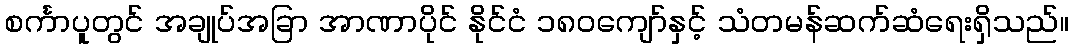
စင်္ကာပူတွင် အချုပ်အခြာ အာဏာပိုင် နိုင်ငံ ၁၈၀ကျော်နှင့် သံတမန်ဆက်ဆံရေးရှိသည်။